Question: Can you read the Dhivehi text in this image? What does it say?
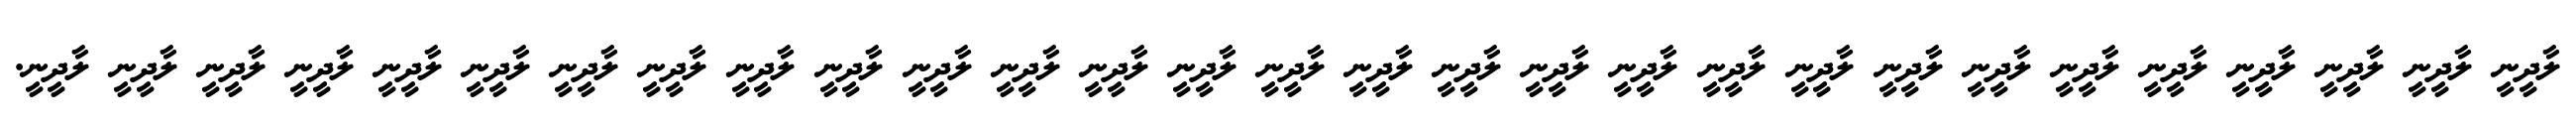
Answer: ލާދީނީ ލާދީނީ ލާދީނީ ލާދީނީ ލާދީނީ ލާދީނީ ލާދީނީ ލާދީނީ ލާދީނީ ލާދީނީ ލާދީނީ ލާދީނީ ލާދީނީ ލާދީނީ ލާދީނީ ލާދީނީ ލާދީނީ ލާދީނީ ލާދީނީ ލާދީނީ ލާދީނީ ލާދީނީ ލާދީނީ ލާދީނީ ލާދީނީ ލާދީނީ ލާދީނީ ލާދީނީ ލާދީނީ.